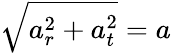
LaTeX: {\sqrt{a_{r}^{2}+a_{t}^{2}}}=a